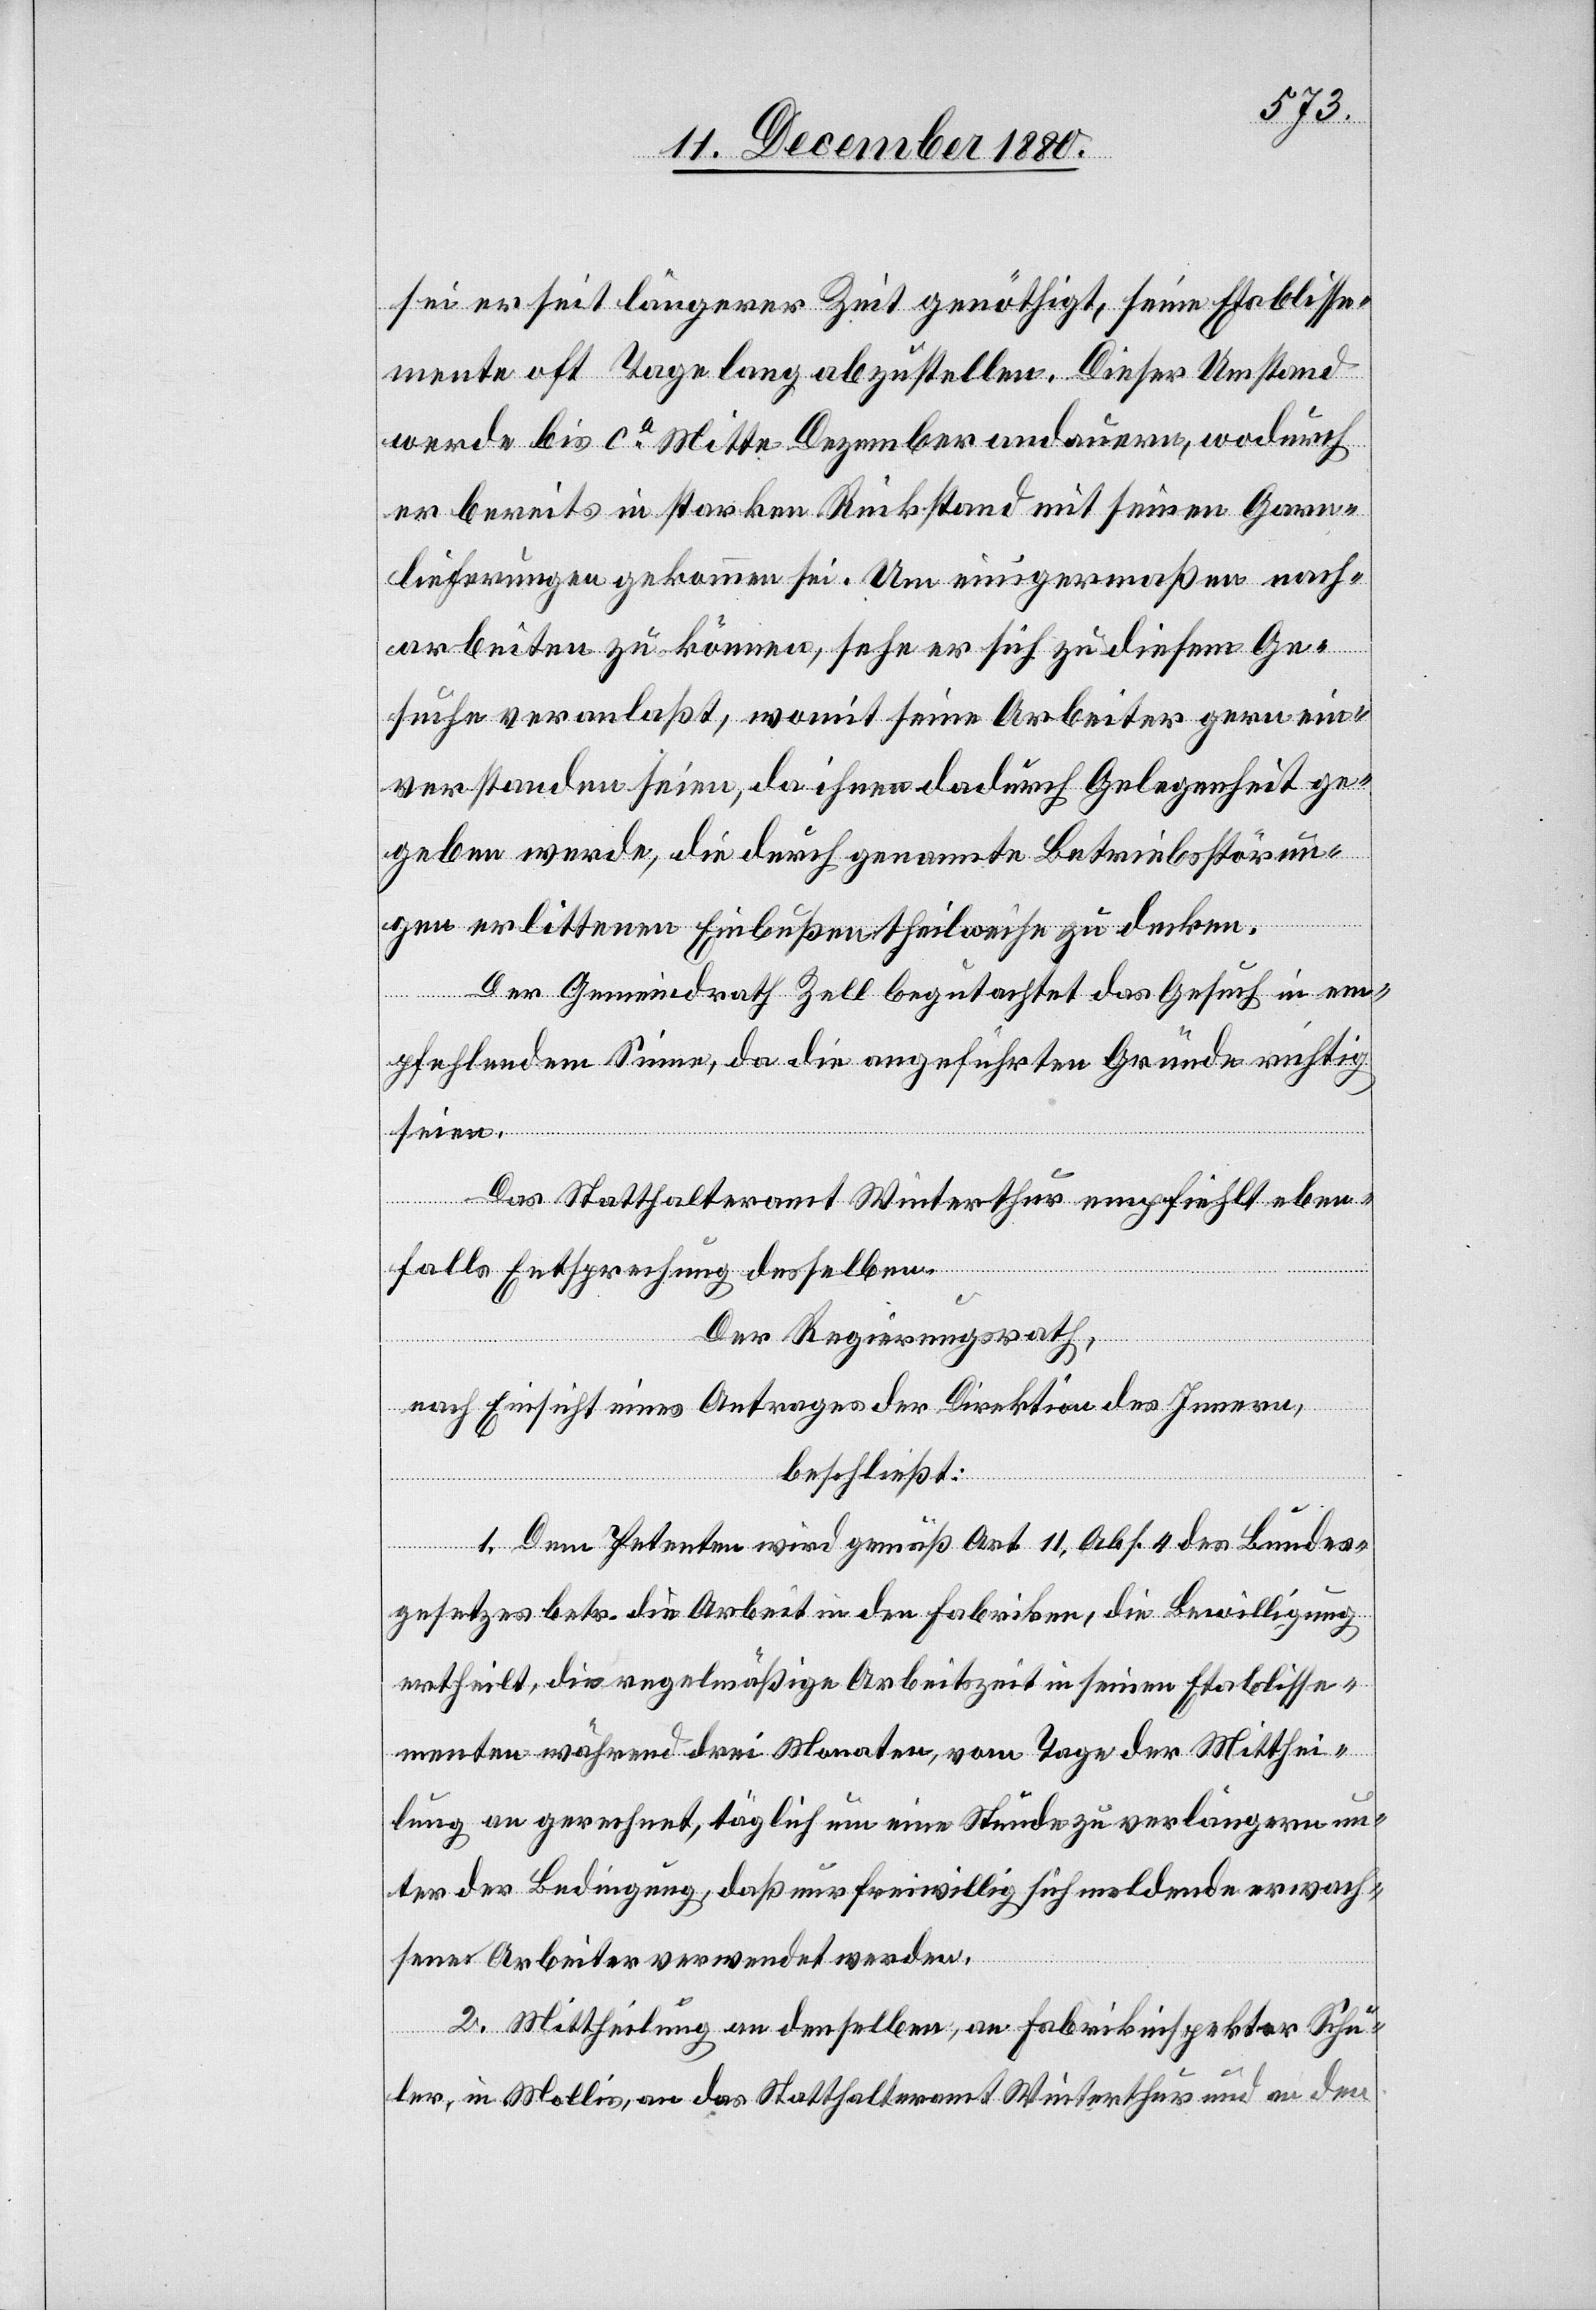
sei er seit längerer Zeit genöthigt, seine Etablisse¬
mente oft Tage lang abzustellen. Dieser Umstand
werde bis ca Mitte Dezember andauern, wodurch
er bereits in starken Rückstand mit seinen Garn¬
lieferungen gekommen sei. Um einigermaßen nach¬
arbeiten zu können, sehe er sich zu diesem Ge¬
suche veranlaßt, womit seine Arbeiter gern ein¬
verstanden seien, da ihnen dadurch Gelegenheit ge¬
geben werde, die durch genannte Betriebsstörun¬
gen erlittenen Einbußen theilweise zu decken.
Der Gemeindrath Zell begutachtet das Gesuch in em¬
pfehlendem Sinne, da die angeführten Gründe richtig
seien.
Das Statthalteramt Winterthur empfiehlt eben¬
falls Entsprechung desselben.
Der Regierungsrath,
nach Einsicht eines Antrages der Direktion des Innern,
beschließt:
1. Dem Petenten wird gemäß Art. 11, Abs. 4 des Bundes¬
gesetzes betr. die Arbeit in den Fabriken, die Bewilligung
ertheilt, die regelmäßige Arbeitszeit in seinen Etablisse¬
menten während drei Monaten, vom Tage der Mitthei¬
lung an gerechnet, täglich um eine Stunde zu verlängern un¬
ter der Bedingung, daß nur freiwillig sich meldende erwach¬
sene Arbeiter verwendet werden.
2. Mittheilung an denselben, an Fabrikinspektor Schu¬
ler, in Mollis, an das Statthalteramt Winterthur und an den